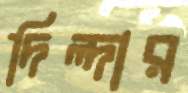
দিল্‌দার